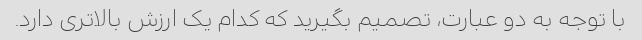
با توجه به دو عبارت، تصمیم بگیرید که کدام یک ارزش بالاتری دارد.